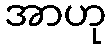
အာဟု